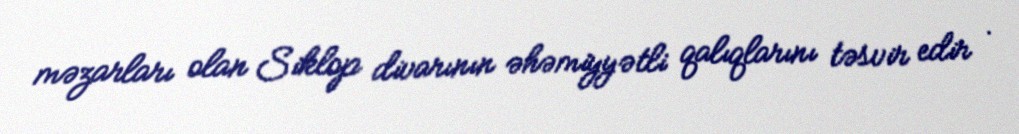
məzarları olan Siklop divarının əhəmiyyətli qalıqlarını təsvir edir .